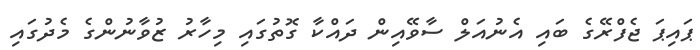
ޕައިޕަ ޖެފްރޭގެ ބައި އެނުއަލް ސާވޭއިން ދައްކާ ގޮތުގައި މިހާރު ޒުވާނުންގެ މެދުގައި